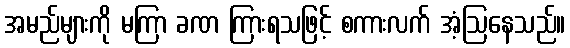
အမည်များကို မကြာ ခဏ ကြားရသဖြင့် စကားလက် အံ့ဩနေသည်။